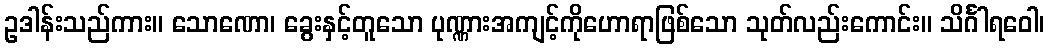
ဥဒါန်းသည်ကား။ သောဏော၊ ခွေးနှင့်တူသော ပုဏ္ဏားအကျင့်ကိုဟောရာဖြစ်သော သုတ်လည်းကောင်း။ သိင်္ဂါရဝေါ၊